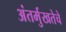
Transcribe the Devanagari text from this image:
अंतर्मुखतेचे